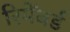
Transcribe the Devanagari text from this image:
रिमेंबर्ड